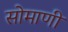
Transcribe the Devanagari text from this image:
सोमाणी